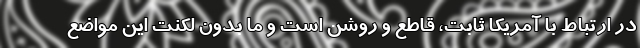
در ارتباط با آمریکا ثابت، قاطع و روشن است و ما بدون لکنت این مواضع